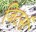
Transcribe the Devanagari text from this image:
जिटर्स